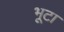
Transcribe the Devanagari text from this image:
भूटा